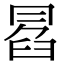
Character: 𠕣